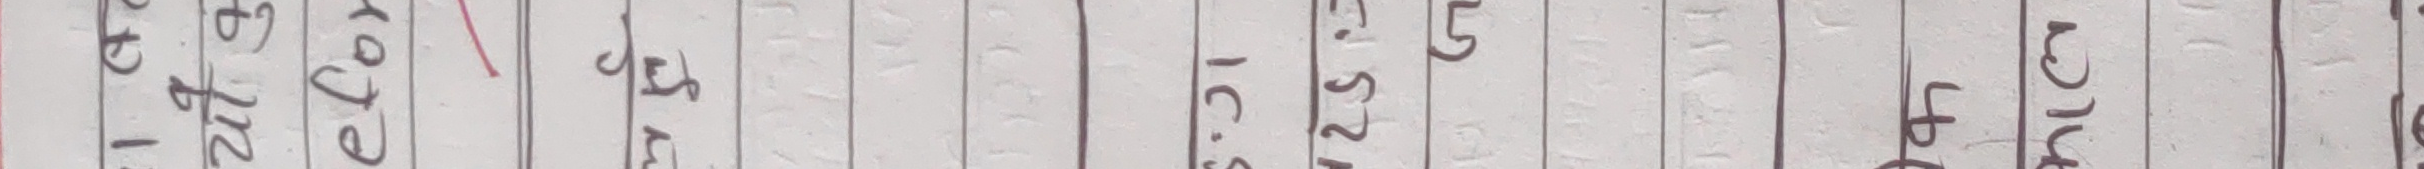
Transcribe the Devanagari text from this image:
१०८ ग्राम २२५ ग्राम ४५ IC. G. २५ ५ 25 ग्राम ४५ ग्राम १८५